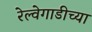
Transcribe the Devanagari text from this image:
रेल्वेगाडीच्या